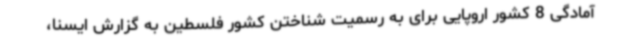
آمادگی 8 کشور اروپایی برای به رسمیت شناختن کشور فلسطین به گزارش ایسنا،